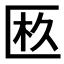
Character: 𠥂